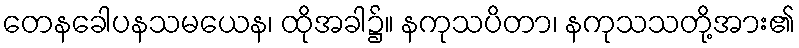
တေနခေါပနသမယေန၊ ထိုအခါ၌။ နကုသပိတာ၊ နကုသသတို့အား၏